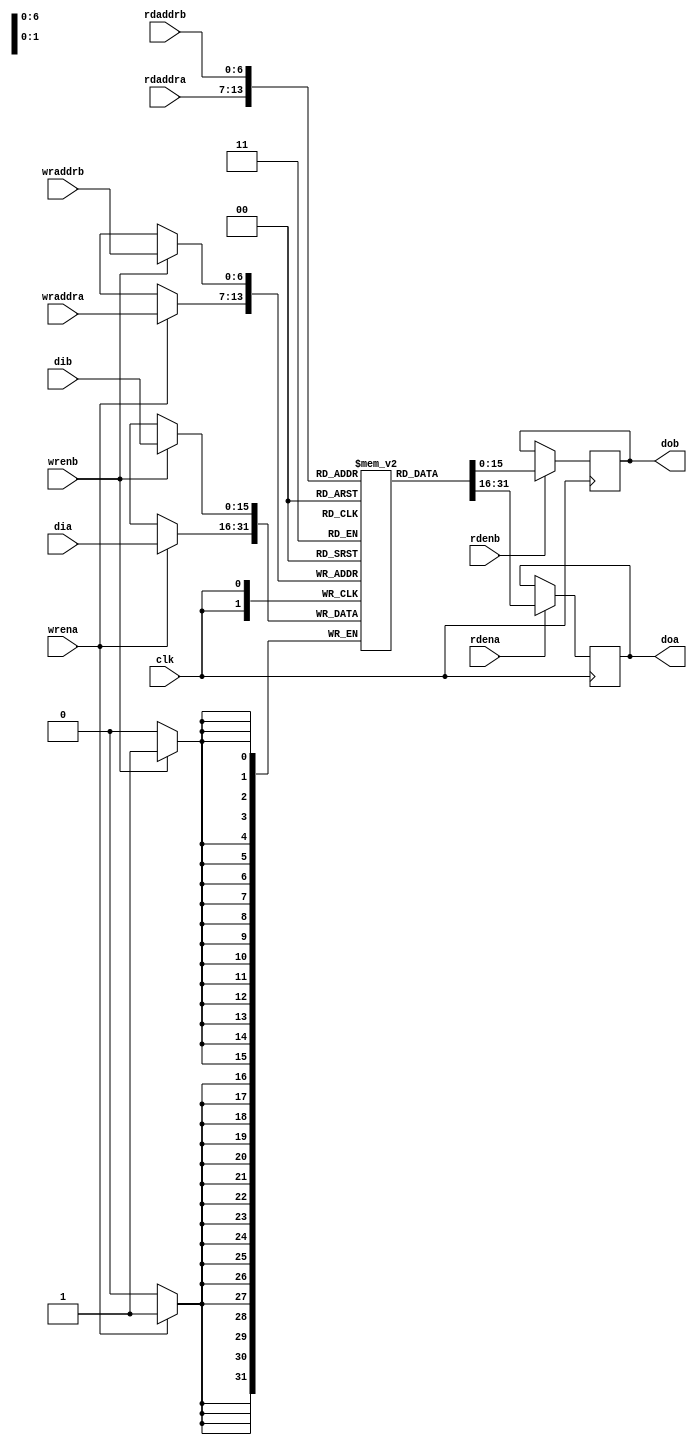
module ram2#(
    parameter DWIDTH=16,
    parameter AWIDTH=7,
    parameter RAM_TYPE = "block",
    parameter INIT_VALUE = "/home/ylxiao/ws_riscv/picorv32/firmware/firmware.hex"
    )(                                                          
    // Write port                                                     
    input clk,                                                      
    input [DWIDTH-1:0] dia,                                                  
    input [DWIDTH-1:0] dib,                                                  
    input wrena,                                                       
    input wrenb,                                                       
    input [AWIDTH-1:0] wraddra,                                               
    input [AWIDTH-1:0] wraddrb,                                               
    // Read port                                                                                                           
    input rdena,                                                       
    input rdenb,                                                       
    input [AWIDTH-1:0] rdaddra,                                               
    input [AWIDTH-1:0] rdaddrb,                                               
    output reg [DWIDTH-1:0] doa,                                          
    output reg [DWIDTH-1:0] dob);                                            
             
    localparam BRAM_DEPTH = (1<<AWIDTH);                                                         
    
    (* ram_style = RAM_TYPE *) (* cascade_height = 1 *) reg [DWIDTH-1:0] ram[0:BRAM_DEPTH-1];                 

	//initial begin
    //  $readmemh(INIT_VALUE, ram);
    //end
                                                           
                                                                      
    always @ (posedge clk) begin                                    
        if(wrena == 1) begin                                           
            ram[wraddra] <= dia;                                        
        end                                                           
    end                                                               

    always @ (posedge clk) begin                                    
        if(wrenb == 1) begin                                           
            ram[wraddrb] <= dib;                                        
        end                                                           
    end     
                                                                          
    always @ (posedge clk) begin                                    
        if(rdena == 1) begin                                           
            doa <= ram[rdaddra];                                        
        end                                                           
    end    
    
    always @ (posedge clk) begin                                    
        if(rdenb == 1) begin                                           
            dob <= ram[rdaddrb];                                        
        end                                                           
    end                                                           
                                                                      
endmodule